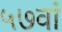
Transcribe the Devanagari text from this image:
५७वां